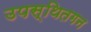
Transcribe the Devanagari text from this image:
उपस्थितगन